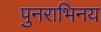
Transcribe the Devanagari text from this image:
पुनराभिनय